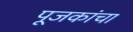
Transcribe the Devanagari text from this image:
पूजकांचा